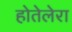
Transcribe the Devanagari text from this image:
होतेलेरा